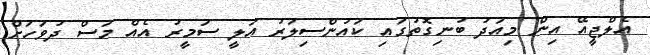
އެލްޖީއޭ އިން މިއަދު ބުނިގޮތުގައި ކައުންސިލަރު އަލީ ސަމީރު އެއް މަސް ދުވަހަށް